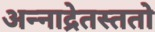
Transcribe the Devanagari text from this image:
अन्नाद्रेतस्ततो